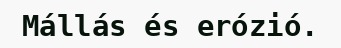
Mállás és erózió.